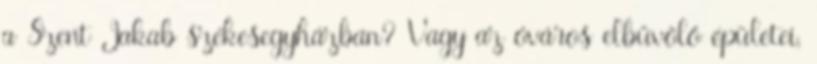
a Szent Jakab székesegyházban? Vagy az óváros elbűvölő épületei,